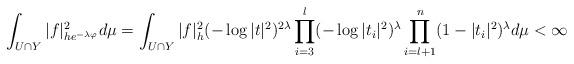
LaTeX: \begin{align*}\int_{U \cap Y}|f|_{he^{-\lambda \varphi}}^2 d\mu=\int_{U \cap Y}|f|_h^2(-\log |t|^2)^{2\lambda}\prod_{i=3}^l(-\log |t_i|^2)^{\lambda}\prod_{i=l+1}^n(1-|t_i|^2)^{\lambda} d\mu< \infty\end{align*}